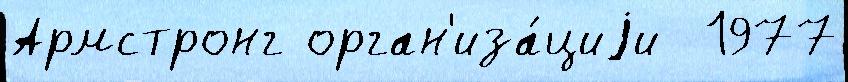
Армстронг орган'иза́циjи  1977